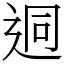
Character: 迵